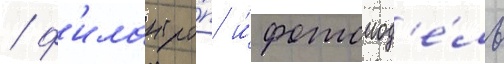
/ ф'илантро́п и́ фотомод'е́ль